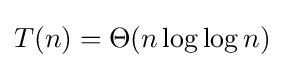
T(n)=\Theta (n\log \log n)